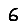
Digit: 6